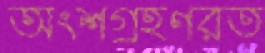
অংশগ্রহণরত